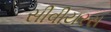
સીવીયરસ